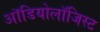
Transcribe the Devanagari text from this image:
ऑडियोलॉजिस्ट